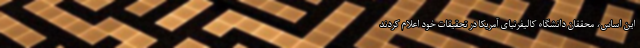
این اساس، محققان دانشگاه کالیفرنیای آمریکا در تحقیقات خود اعلام کردند